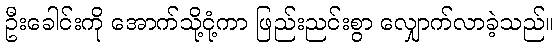
ဦးခေါင်းကို အောက်သို့ငုံ့ကာ ဖြည်းညင်းစွာ လျှောက်လာခဲ့သည်။